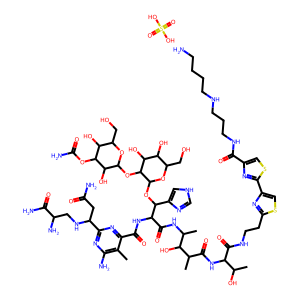
SMILES: Cc1c(N)nc(C(CC(N)=O)NCC(N)C(N)=O)nc1C(=O)NC(C(=O)NC(C)C(O)C(C)C(=O)NC(C(=O)NCCc1nc(-c2nc(C(=O)NCCCNCCCCN)cs2)cs1)C(C)O)C(OC1OC(CO)C(O)C(O)C1OC1OC(CO)C(O)C(OC(N)=O)C1O)c1c[nH]cn1.O=S(=O)(O)O
Inhibits HIV replication: No